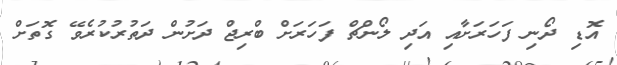
އޮޑި ދޯނި ފަހަރަށާއި އަދި ލޯންޗް ފަހަރަށް ބްރިޖް ދަށުން ދަތުރުކުރެވޭ ގޮތަށް